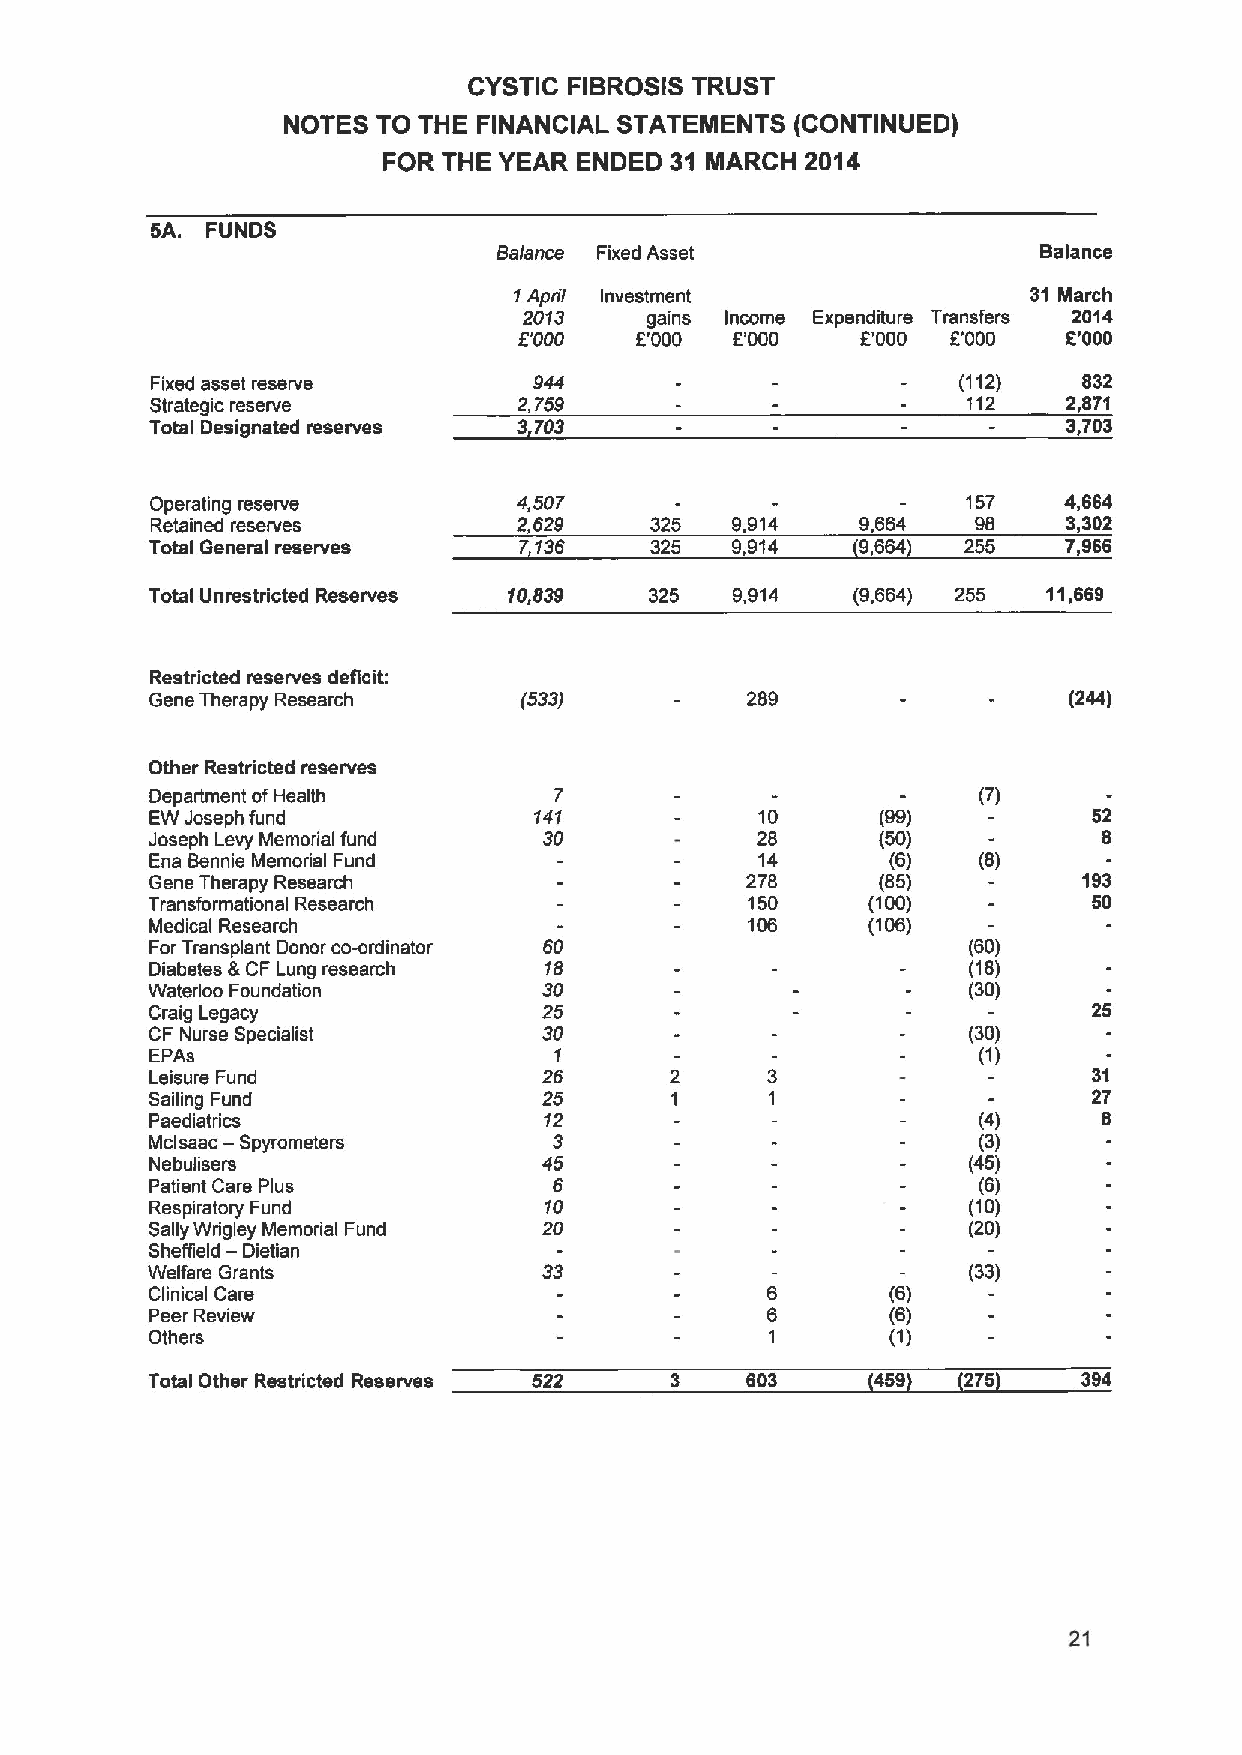
CYSTIC FIBROSIS TRUST
 NOTES TO THE FINANCIAL STATEMENTS (CONTINUED)
 FOR THE YEAR ENDED 31 MARCH 2014
 5A. FUNDS
 Balance Fixed Asset                 Balance
 1April Investment                 31 March
 2013    gains Income Expenditure Transfers 2014
 f'000   5'000  f.'000  F'000 F'000   6'000
 Fixed asset reserve      944                          (112)   832
 Strategic reserve       2,759                         112    2,87'I
 Total Designated reserves 3,703                              3,703
 Operating reserve       4,507                         157   4,664
 Retained reserves       2,629    325  9,914    9,664   98    3,302
 Total General reserves  7,136    325  9,914    9,664  255    7,966
 Total Unrestricted Reserves 10,839 325 9,914   (9,664) 255 11,669
 Restricted reserves deficit:
 Gene Therapy Research    (533)         289                   (244)
 Other Restricted reserves
 Department ofHealth        7                           (7)
 EW Joseph fund           141            10      (99)          52
 Joseph Levy Memorial fund 30            28      (50)           8
 Ena Bennie Memorial Fund                14       (6)   (8)
 Gene Therapy Research                  278      (85)          193
 Transformational Research               150     (100)         50
 Medical Research                        106     (106)
 ForTransplant Donor co-ordinator 60                   (60)
 Diabetes &CF Lung research 18                         (18)
 Waterloo Foundation       30                          (30)
 Craig Legacy              25                                  25
 CF Nurse Specialist       30                          (30)
 EPAs                       1                           (1)
 Leisure Fund              26      2      3                    31
 Sailing Fund              25      1      1                    27
 Paediatrics               12                           (4)     8
 Mclsaac — Spyrometers      3                           (3)
 Nebulisers                45                          (45)
 Patient Care Plus          6                           (6)
 Respiratory Fund          10                          (10)
 Sally Wrigley Memorial Fund 20                        (20)
 —
 Sheffield Dietian
 Welfare Grants                                        (33)
 Clinical Care                            6       (6)
 Peer Review                              6       (6)
 Others                                   1       (1)
 Total Other Restricted Reserves 522 3  603      459   275     394
 21